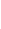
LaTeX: Z\! \! \! \! \! \! \! \! \! \! \! \! =\! \! \! \! \! \! \! \! \! \! \! \! (F\! \! \! \! \! \! \! \! \! \! \! \! ^{\! }\! \! \! \! \! \! \! \! \! \! \! +\! \! \! \! \! \! \! \! \! \! \! \! ,F\! \! \! \! \! \! \! \! \! \! \! \! ^{\! }\! \! \! \! \! \! \! \! \! \! \! -\! \! \! \! \! \! \! \! \! \! \! \! )\! \! \! \! \! \! \! \! \! \! \! \! _{\mathcal{F}}\! \! \! \! \! \! \! \! \! \! \!